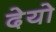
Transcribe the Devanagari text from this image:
देयो